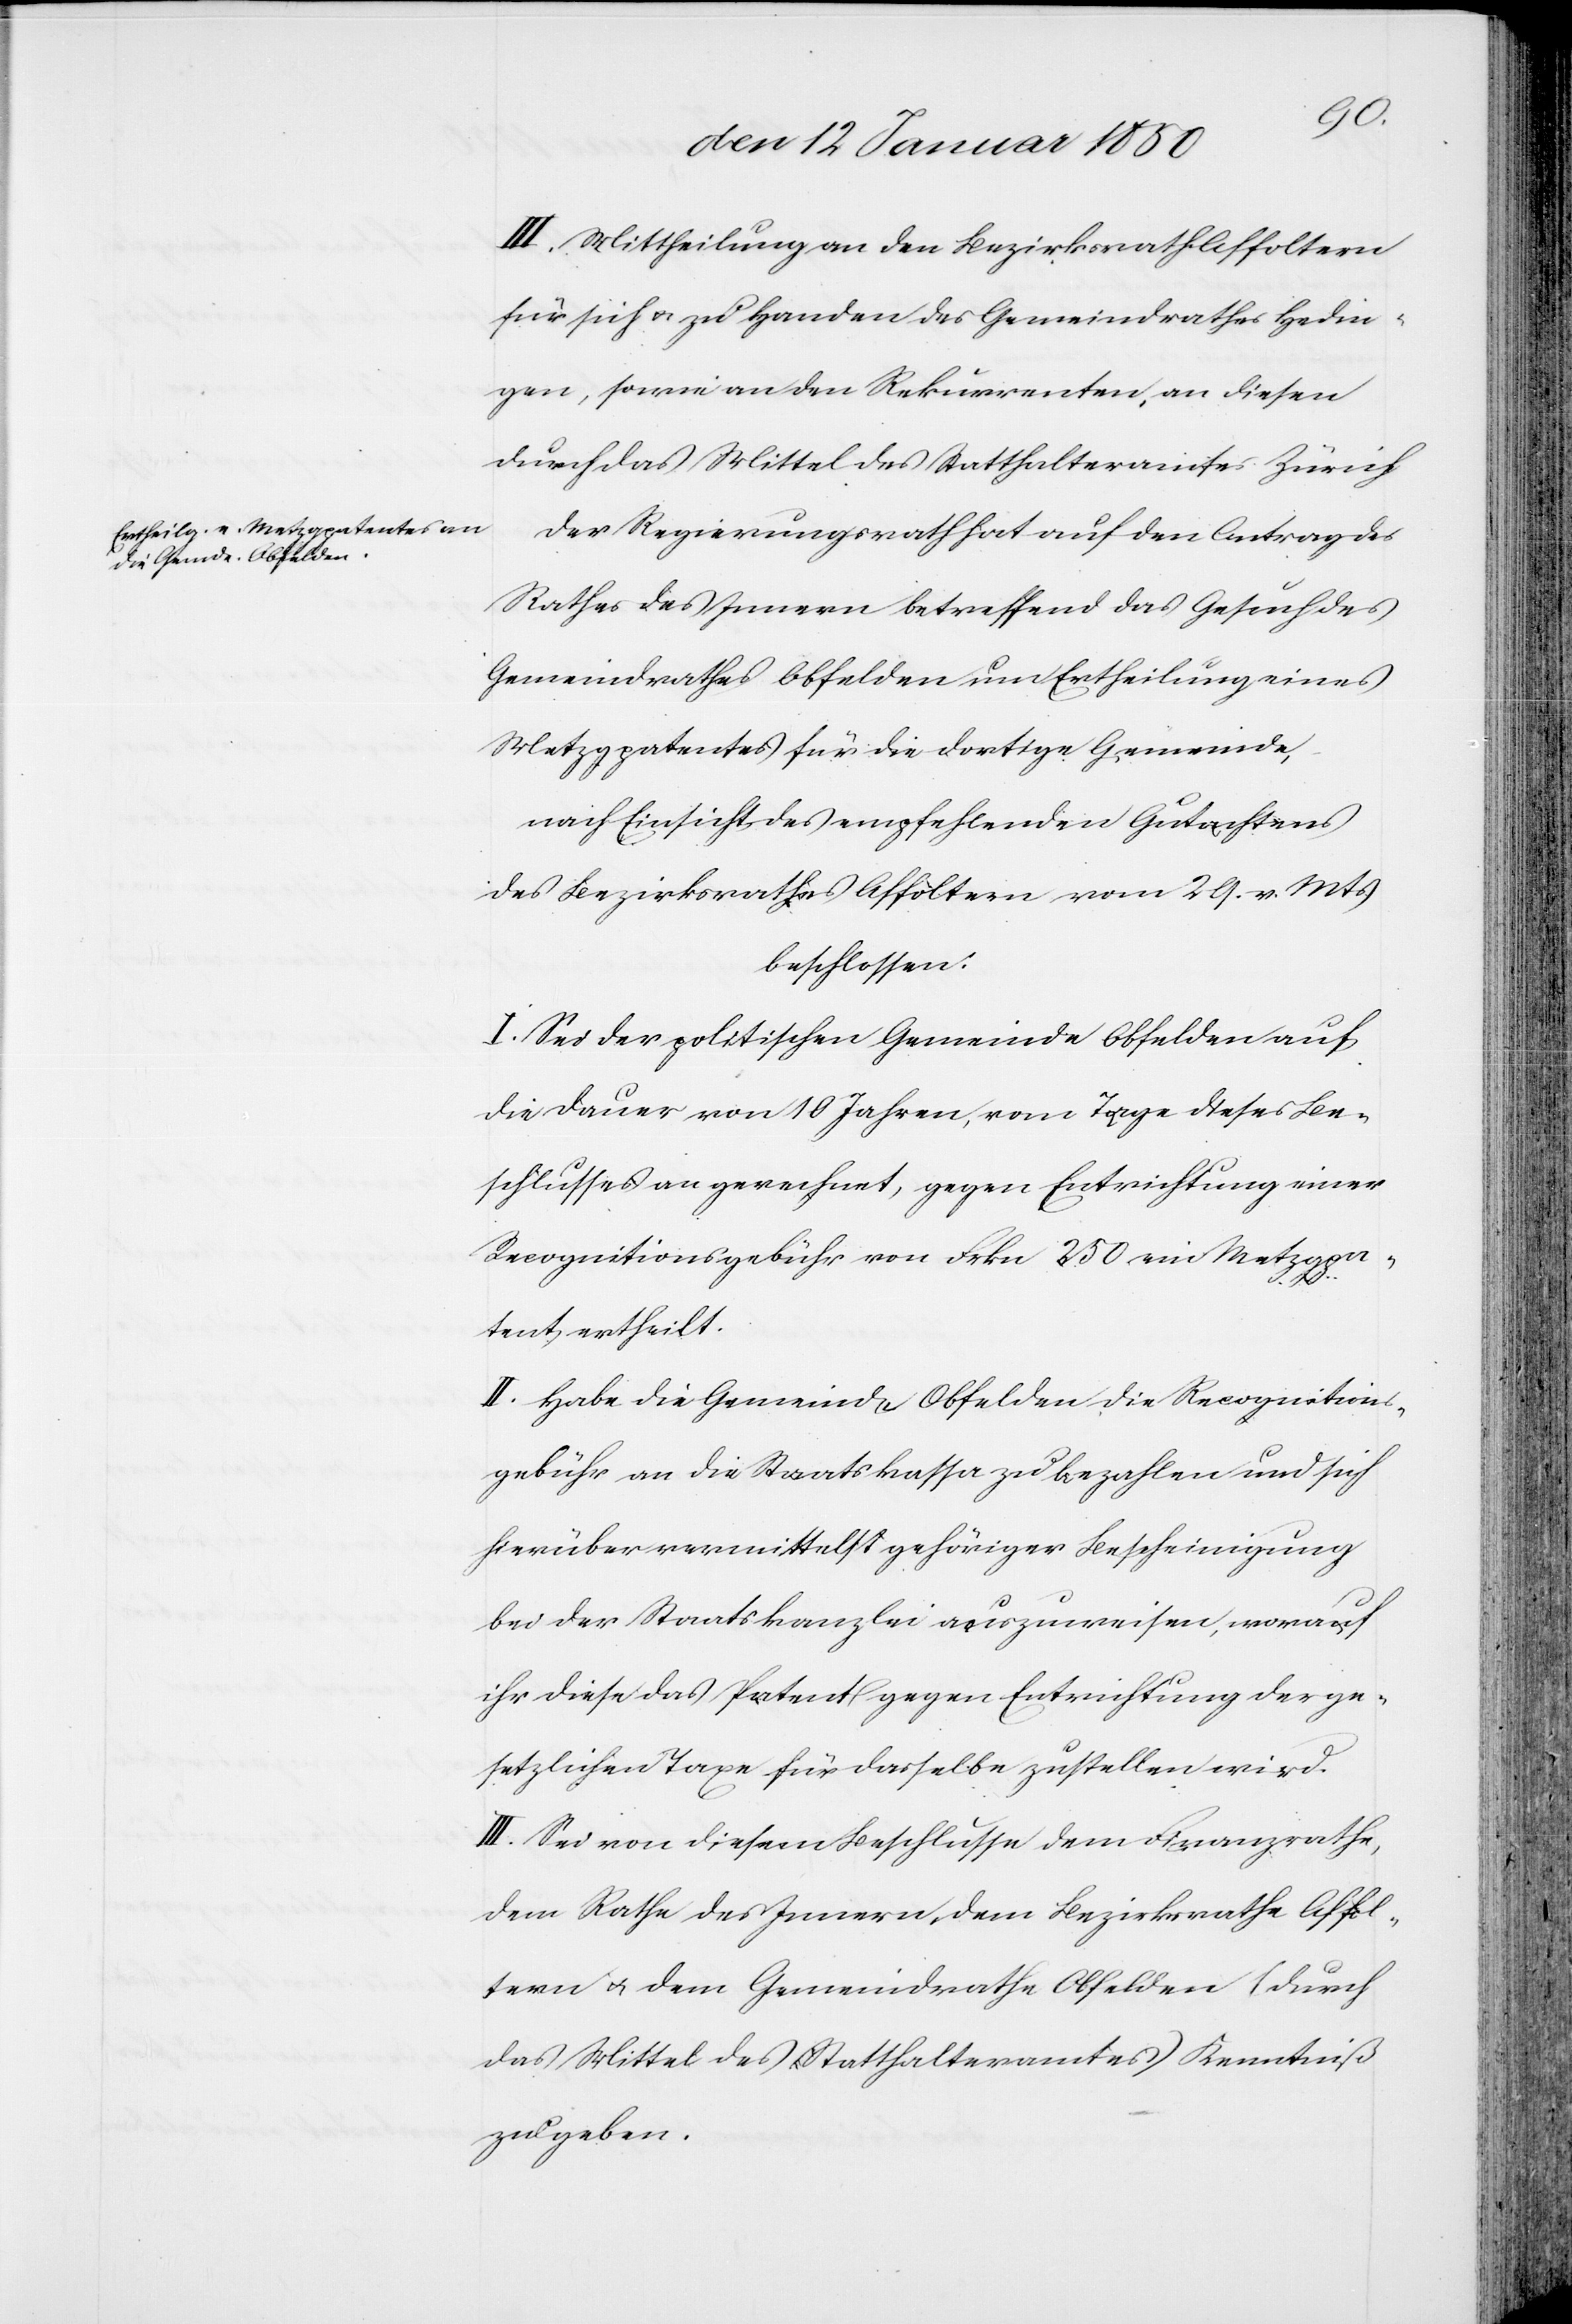
III. Mittheilung an den Bezirksrath Affoltern
für sich u. zu Handen des Gemeindrathes Hedin¬
gen, sowie an den Rekurrenten, an diesen
durch das Mittel des Statthalteramtes Zürich.
Der Regierungsrath hat auf den Antrag des
Rathes des Innern betreffend das Gesuch des
Gemeindrathes Obfelden um Ertheilung eines
Metzgpatentes für die dortige Gemeinde,
nach Einsicht des empfehlenden Gutachtens
des Bezirksrathes Affoltern vom 29. v. Mts
beschlossen:
I. Sei der politischen Gemeinde Obfelden auf
die Dauer von 10 Jahren, vom Tage dieses Be¬
schlusses an gerechnet, gegen Entrichtung einer
Recognitionsgebühr von Frkn 250 ein Metzgpa¬
tent ertheilt.
II. Habe die Gemeinde Obfelden die Recognitions¬
gebühr an die Staatskassa zu bezahlen und sich
hierüber vermittelst gehöriger Bescheinigung
bei der Staatskanzlei auszuweisen, worauf
ihr diese das Patent gegen Entrichtung der ge¬
setzlichen Taxe für dasselbe zustellen wird.
III. Sei von diesem Beschlusse dem Finanzrathe,
dem Rathe des Innern, dem Bezirksrathe Affol¬
tern u. dem Gemeindrathe Obfelden (durch
das Mittel des Statthalteramtes) Kenntniß
zu geben.